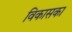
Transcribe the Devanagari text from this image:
विकासका